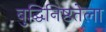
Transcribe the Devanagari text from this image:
बुद्धिनिष्ठतेला